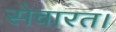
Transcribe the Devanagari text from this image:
सेवारत।